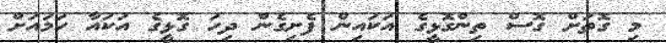
މި ގޮތަށް ގޮސް ތިންގޮޅީގެ އަކައިން ފެށިގެން ދިހަ ގޮޅީގެ އަކައާ ހަމައަށް